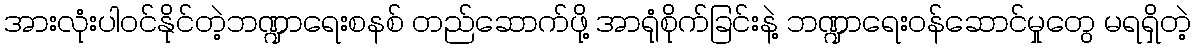
အားလုံးပါဝင်နိုင်တဲ့ဘဏ္ဍာရေးစနစ် တည်ဆောက်ဖို့ အာရုံစိုက်ခြင်းနဲ့ ဘဏ္ဍာရေးဝန်ဆောင်မှုတွေ မရရှိတဲ့